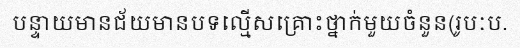
បន្ទាយមានជ័យមានបទល្មើសគ្រោះថ្នាក់មួយចំនួន(រូបៈប.